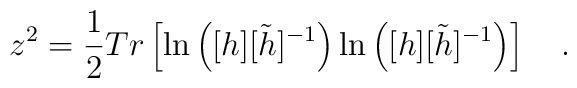
z^{2}=\frac{1}{2}Tr \left[ \ln \left( [h][\tilde{h}]^{-1} \right)\ln \left([h][\tilde{h}]^{-1} \right) \right] ~~~. \nonumber